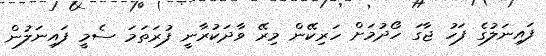
ފައިނަލުގެ ފަހު ޖާގަ ހޯދުމަށް ހަރިކޭން މިރޭ ވާދަކުރާނީ ފުރަތަމަ ސެމީ ފައިނަލުން